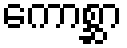
ကောစ္ဆာ